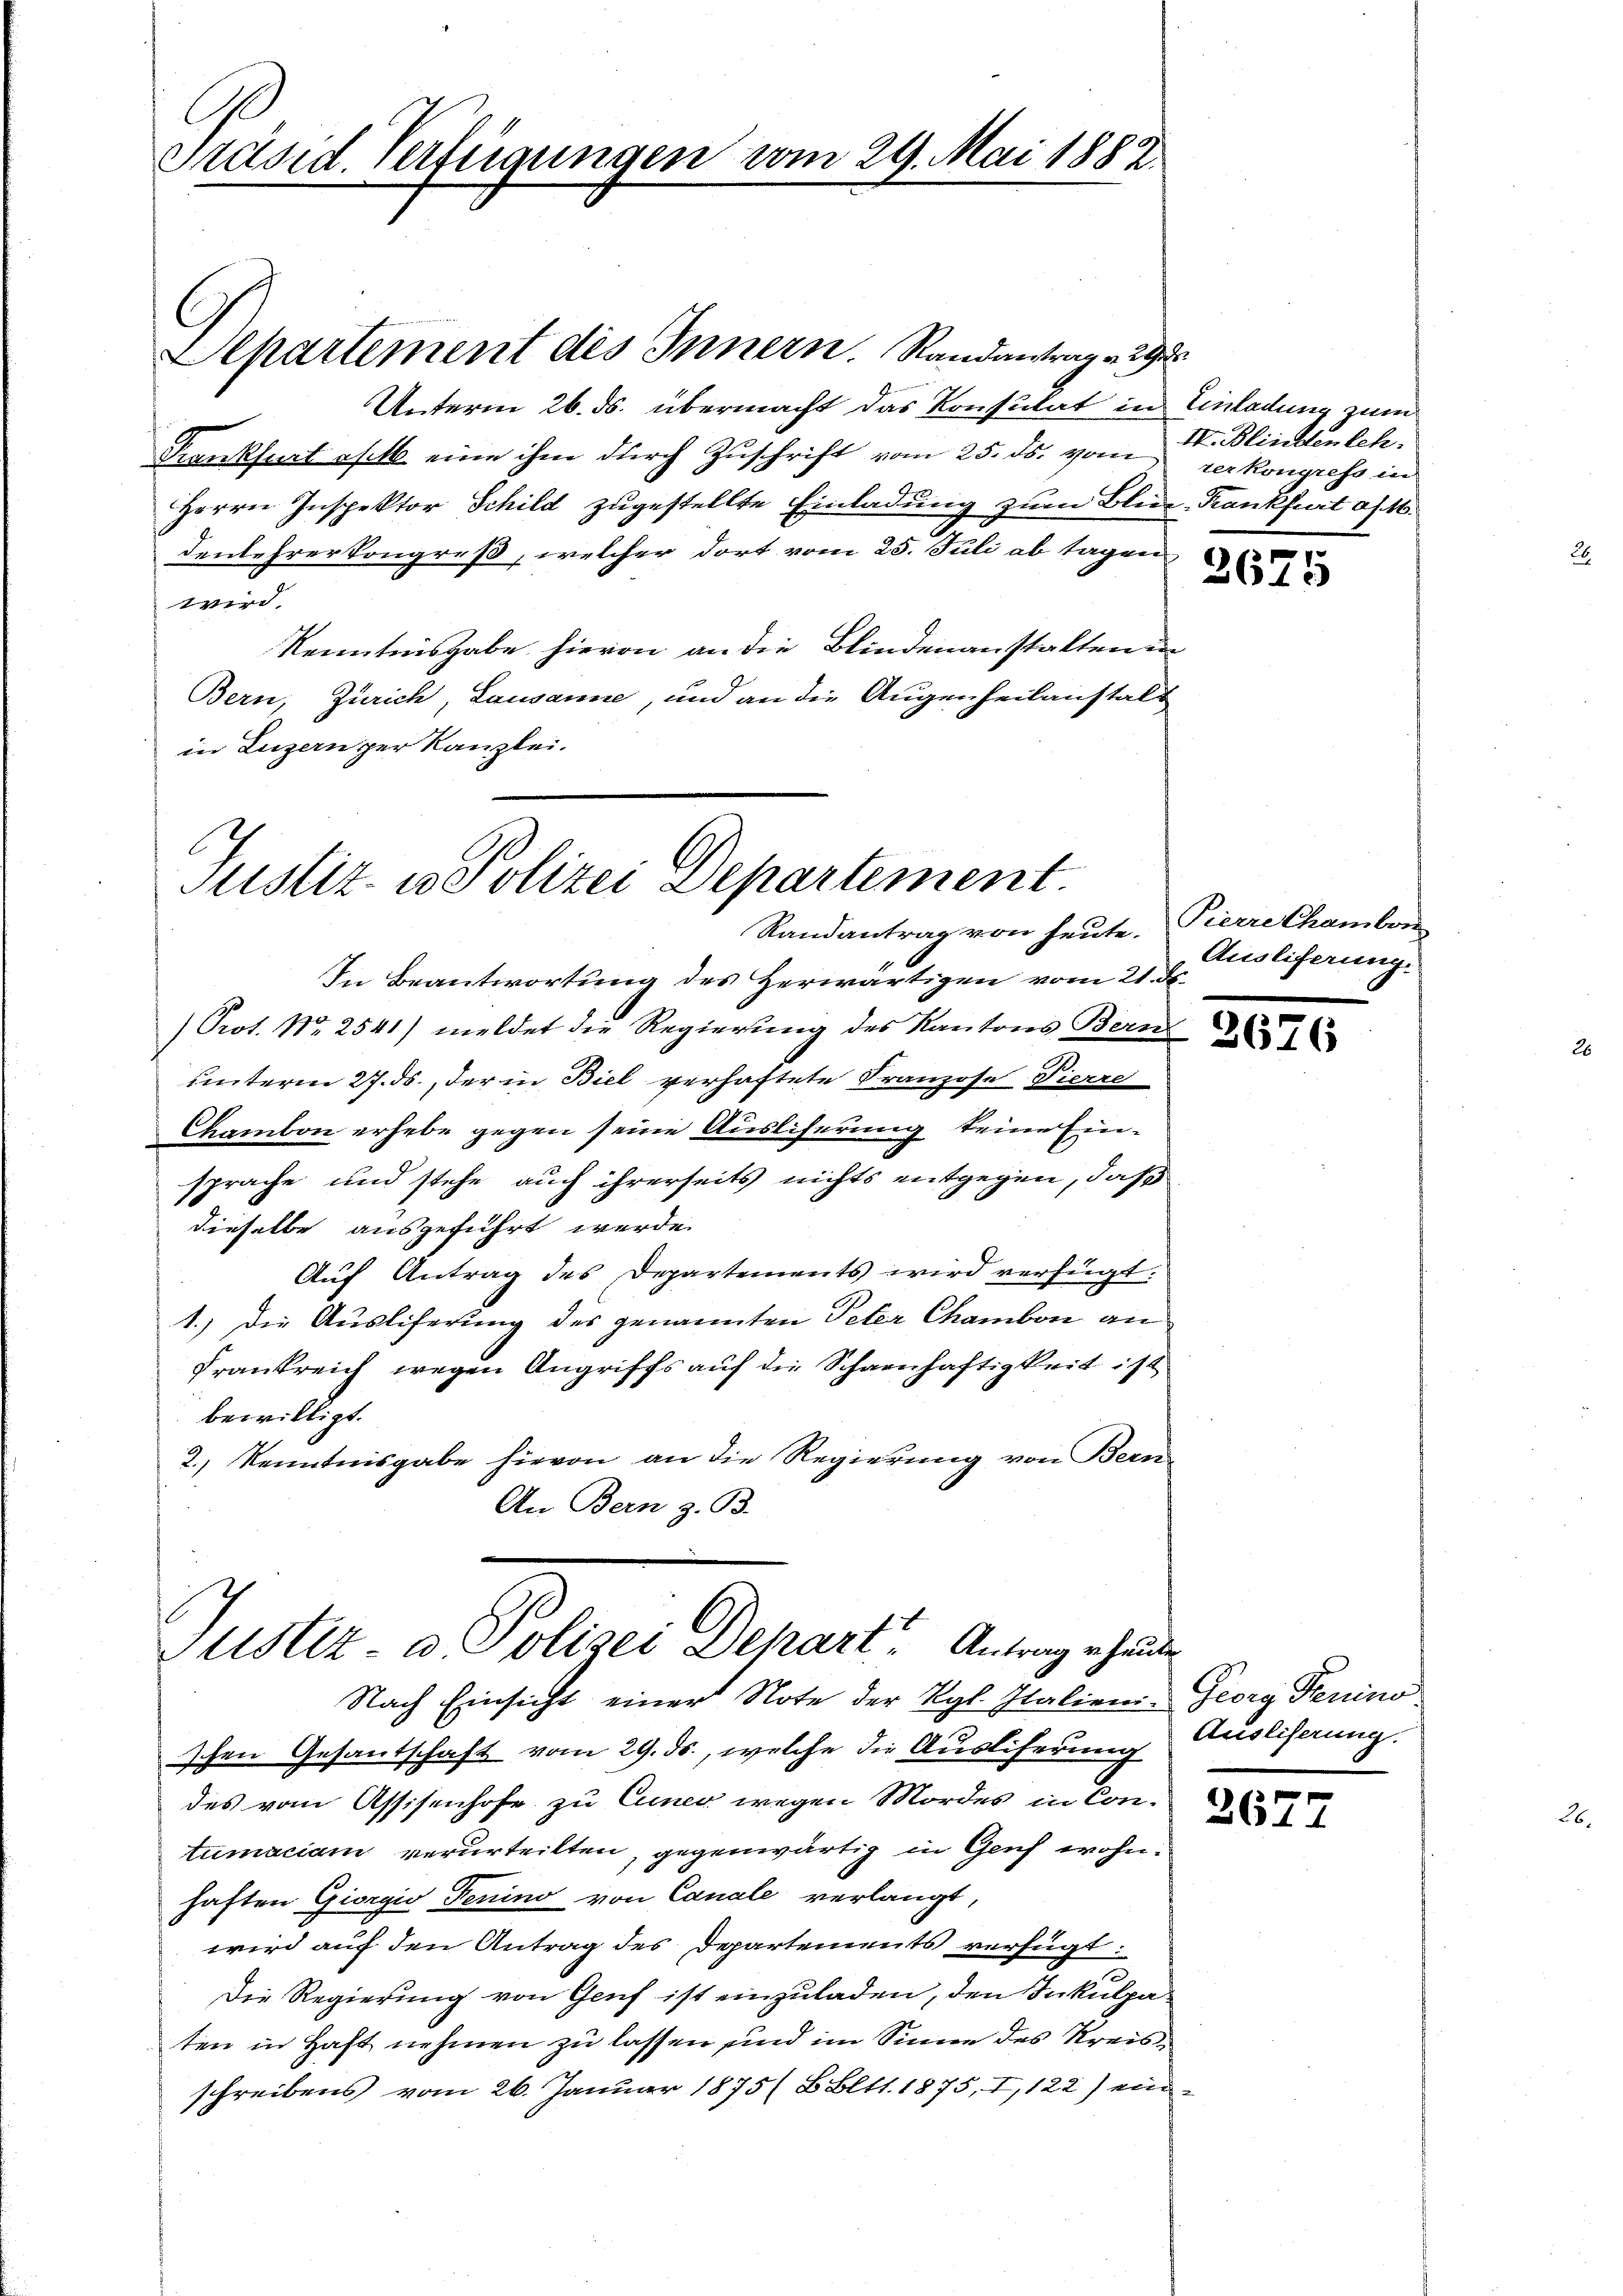
Präsid. Verfügungen vom 29. Mai 1883

Unterm 26. ds. übermacht das Konsulat in Einladung zum
Frankfurt oft eine ihm durch Zuschrift vom 25. ds. vom verkongress in
Herrn Inspektor Schild zugestellte Einladung zum Bliez-Krankfurt an. 16.
denlehrerkongreß, welcher dort vom 25. Juli ab tagen
wird.
Kenntnisgabe hievon an die Blindenanstalten in
Bern, Zürich, Lausanne, und an die Augenheilanstalt
in Luzern per Kanzlei.

Separtement des Innern. Randantrag v. 29

E
Justiz- u. Polizei Separtement.
Randantrag von heute. Pierre Chambri

In Beantwortung des Herwärtigen vom 21. d.
Prot. No 2541) meldet die Regierung des Kantons Bern
unterm 27. ds., der in Biel verhaftete Franzose Pierre
Chambon erhebe gegen seine Ausliferung keine Einsprache und stehe auch ihrerseits nichts entgegen, daß
dieselbe ausgeführt werde.
Auf Antrag des Departements wird verfügt:
1.) Die Ausliferung des genannten Peter Chamben an
Frankreich wegen Angriffs auf die Schanhaftigkeit ist
bewilligt.
2.) Kenntnisgabe hievon an die Regierung von Bern
An Bern z. B.

Justiz- u. Polizei Depart. Antrag erhanden

IV. Blindenleh

267

Nach Einsicht einer Note der Kgl. Italien- Georg Frenino
schen Gesantschaft vom 29. ds., welche die Ausliserung Ausliserung.
des vom Assisenhofe zu Einer wegen Mordes in Contumaciam verurteilten, gegenwärtig in Genf wohnhaften Giorgio Tenino von Canale verlangt,
wird auf den Antrag des Departements verfügt:
Die Regierung von Genf ist einzuladen, den Inkulpaten in Haft nehmen zu lassen und im Sinne des Kreisschreibens vom 26. Januar 1875 / B. Bett. 1875, I, 122) ein¬

1

Ausliferung.

2676

2677